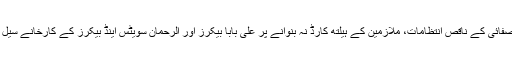
گجرات(جی پی آئی) اسسٹنٹ کمشنر ذوالفقار علی باگڑی نے صفائی کے ناقص انتظامات، ملازمین کے ہیلتھ کارڈ نہ بنوانے پر علی بابا بیکرز اور الرحمان سویٹس اینڈ بیکرز کے کارخانے سیل کرکے دونوںکے خلاف چالان فوڈ اتھارٹی کو بھجوادیے ہیں۔